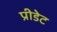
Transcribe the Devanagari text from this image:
प्रीडेट